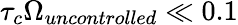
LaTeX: \tau_{c}\Omega_{uncontrolled}\ll 0.1